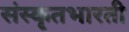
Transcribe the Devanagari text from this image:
संस्कृतभारती